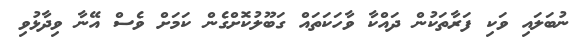
ނުބަލައި ވަކި ފަރާތަކުން ދައްކާ ވާހަކަތައް ގަބޫލުކޮށްގެން ކަމަށް ވެސް އޭނާ ވިދާޅުވި